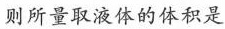
则所量取液体的体积是